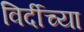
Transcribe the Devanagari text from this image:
विर्दीच्या